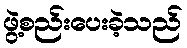
ဖွဲ့စည်းပေးခဲ့သည်